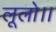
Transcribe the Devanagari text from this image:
लूलो।।